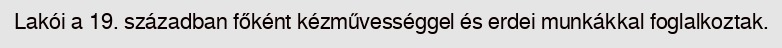
Lakói a 19. században főként kézművességgel és erdei munkákkal foglalkoztak.